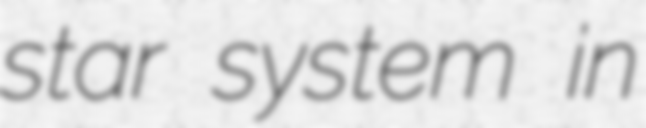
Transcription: star system in